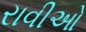
રાવીઓ